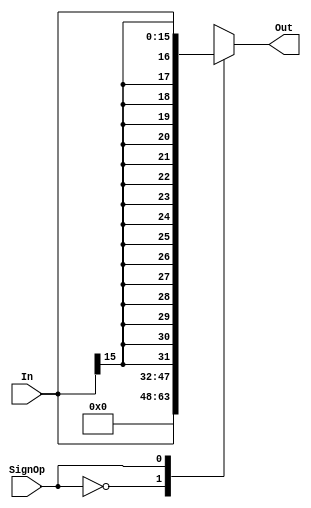
`timescale 1ns / 1ps
//////////////////////////////////////////////////////////////////////////////////
// Company: 
// Engineer: 
// 
// Design Name: 
// Module Name:    ext 
// Project Name: 
// Target Devices: 
// Tool versions: 
// Description: 
//
// Dependencies: 
//
// Revision: 
// Revision 0.01 - File Created
// Additional Comments: 
//
//////////////////////////////////////////////////////////////////////////////////
module ext(
    input [15:0] In,
    input SignOp,
    output reg [31:0] Out
    );
	 always @(*)begin
		 case(SignOp)
			0: Out <= {{16{1'b0}},In};
			1: Out <= {{16{In[15]}},In};
			default: Out <= 32'b0;
		 endcase
	 end
endmodule